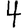
Digit: 4